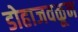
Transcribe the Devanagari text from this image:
डोहाजवळून